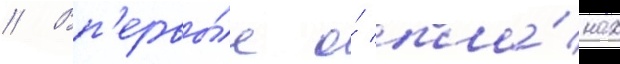
// Вп'ервы́е о́ пла́нах